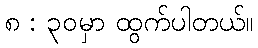
၈ : ၃၀မှာ ထွက်ပါတယ်။